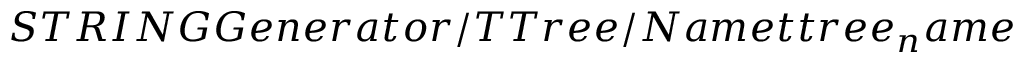
S T R I N G G e n e r a t o r / T T r e e / N a m e t t r e e _ { n } a m e